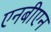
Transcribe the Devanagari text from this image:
एनबीएन